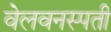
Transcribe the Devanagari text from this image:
वेलवनस्पती